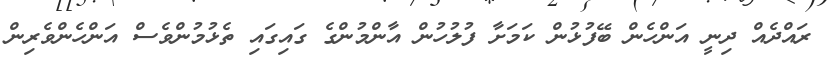
ރައްދެއް ދިނީ އަންހެން ބޭފުޅުން ކަމަށާ ފުލުހުން އާންމުންގެ ގައިގައި ތެޅުމުންވެސް އަންހެންވެރިން